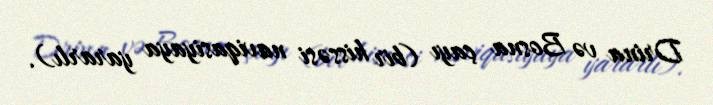
Drina və Bosna çayı (bir hissəsi naviqasiyaya yararlı).